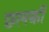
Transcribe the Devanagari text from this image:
छलकीं